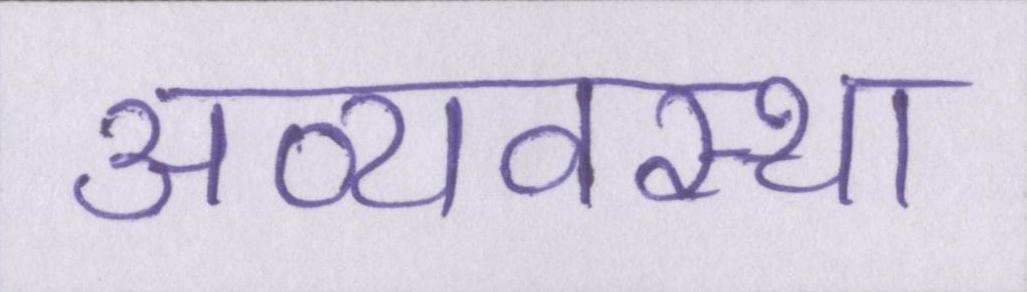
अव्यवस्था